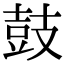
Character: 鼓